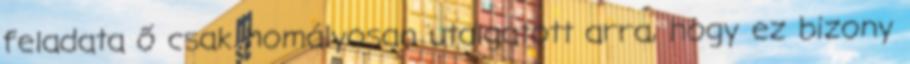
feladata ő csak homályosan utalgatott arra, hogy ez bizony